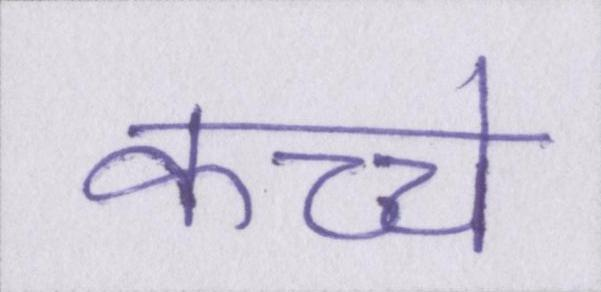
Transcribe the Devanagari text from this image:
कच्चे